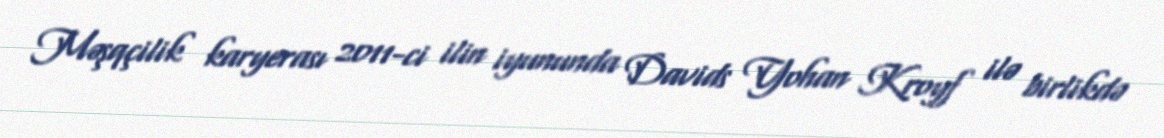
Məşqçilik karyerası 2011-ci ilin iyununda Davids Yohan Kroyf ilə birlikdə